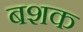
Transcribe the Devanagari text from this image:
बशक